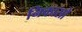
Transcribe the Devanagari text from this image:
निकासो